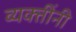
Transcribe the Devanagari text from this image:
व्‍यक्‍तींनी